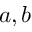
a , b